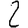
Digit: 2